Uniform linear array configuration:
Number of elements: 16
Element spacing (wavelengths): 1
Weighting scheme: cosine
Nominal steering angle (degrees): -30
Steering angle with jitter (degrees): -29.47
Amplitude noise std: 0.05
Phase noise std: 0.05

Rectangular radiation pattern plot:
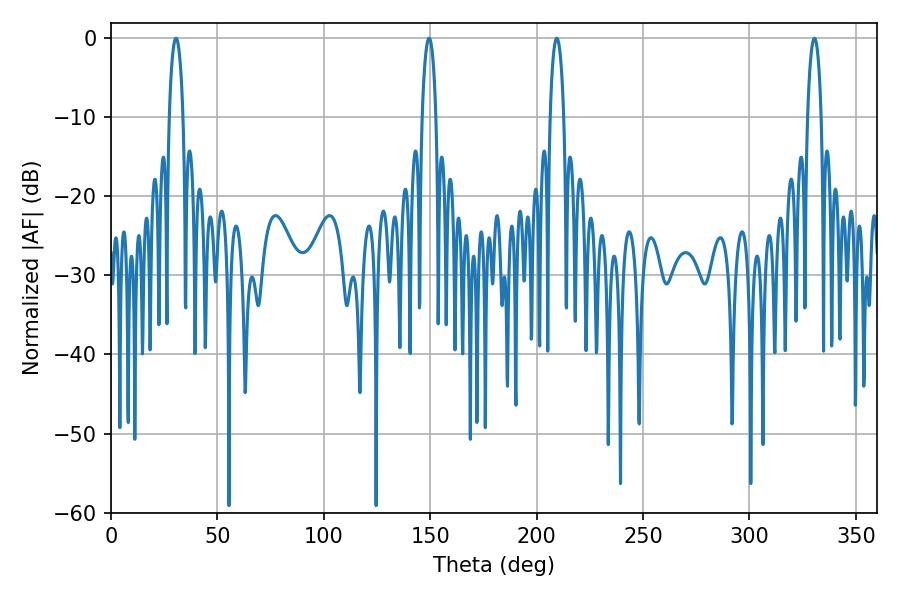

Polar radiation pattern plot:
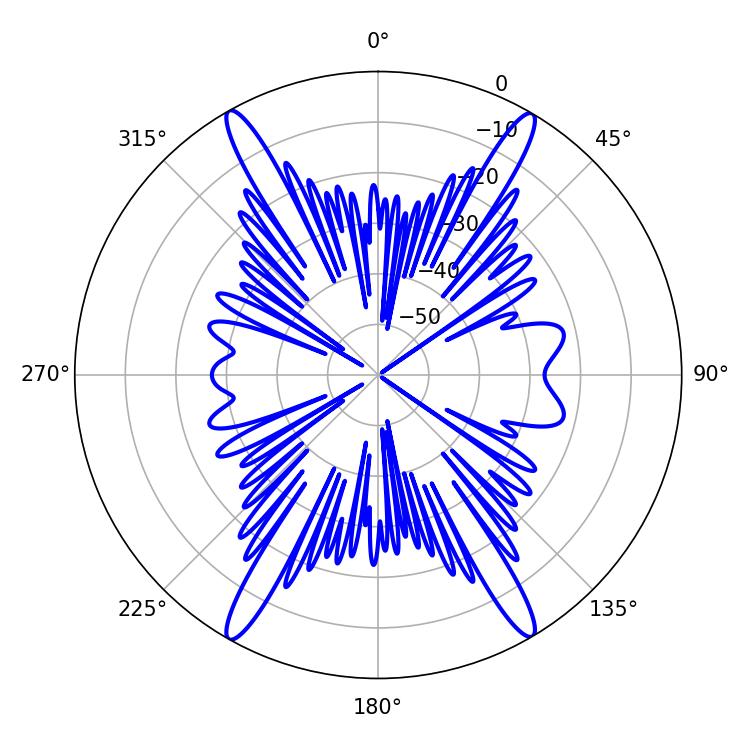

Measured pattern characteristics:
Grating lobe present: TRUE
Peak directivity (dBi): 26.427
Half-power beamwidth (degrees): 3.6
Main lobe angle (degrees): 209.52